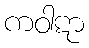
ကဝါဋာ